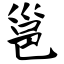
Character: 邕